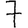
Digit: 7